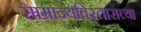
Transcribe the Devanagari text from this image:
साम्राज्यविस्ताराच्या